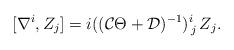
LaTeX: \begin{align*}[\nabla^i, Z_j] = i(({\cal C}\Theta + {\cal D})^{-1})^i_{\,j}\, Z_j.\end{align*}